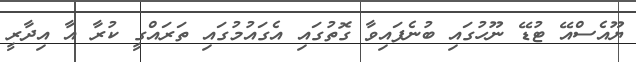
ޔޫއެސްއޭ ޓުޑޭ ނޫހުގައި ބުނެފައިވާ ގޮތުގައި އެގައުމުގައި ތަރައްގީ ކުރާ އާ އިދާރީ